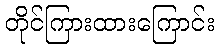
တိုင်ကြားထားကြောင်း